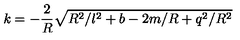
k = - \frac { 2 } { R } \sqrt { R ^ { 2 } / l ^ { 2 } + b - 2 m / R + q ^ { 2 } / R ^ { 2 } }